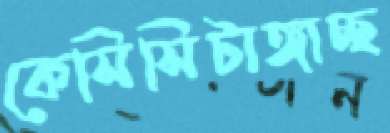
কেসিসিটাঙ্গাচ্ছ